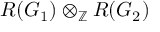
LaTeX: R ( G _ { 1 } ) \otimes _ { \mathbb { Z } } R ( G _ { 2 } )